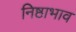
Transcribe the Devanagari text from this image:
निष्ठाभाव